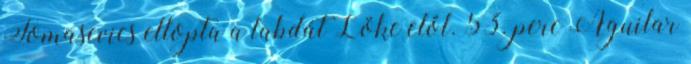
Tomasevics ellopta a labdát Löke elől. 53. perc Aguilar